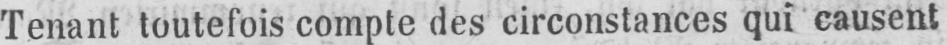
Tenant toutefois compte des circonstances qui causent